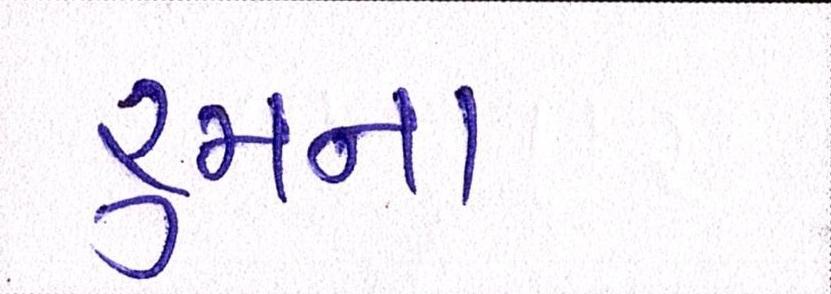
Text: રૂમનાં